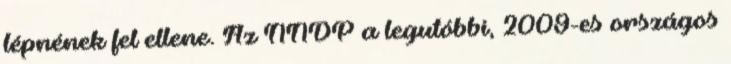
lépnének fel ellene. Az NNDP a legutóbbi, 2009-es országos